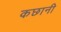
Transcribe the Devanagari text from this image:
कछानी